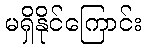
မရှိနိုင်ကြောင်း